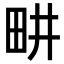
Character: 畊